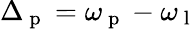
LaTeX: \Delta_{\mathrm{~p~}}=\omega_{\mathrm{~p~}}-\omega_{\mathrm{~l~}}